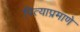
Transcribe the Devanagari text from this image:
पित्याप्रमाणे